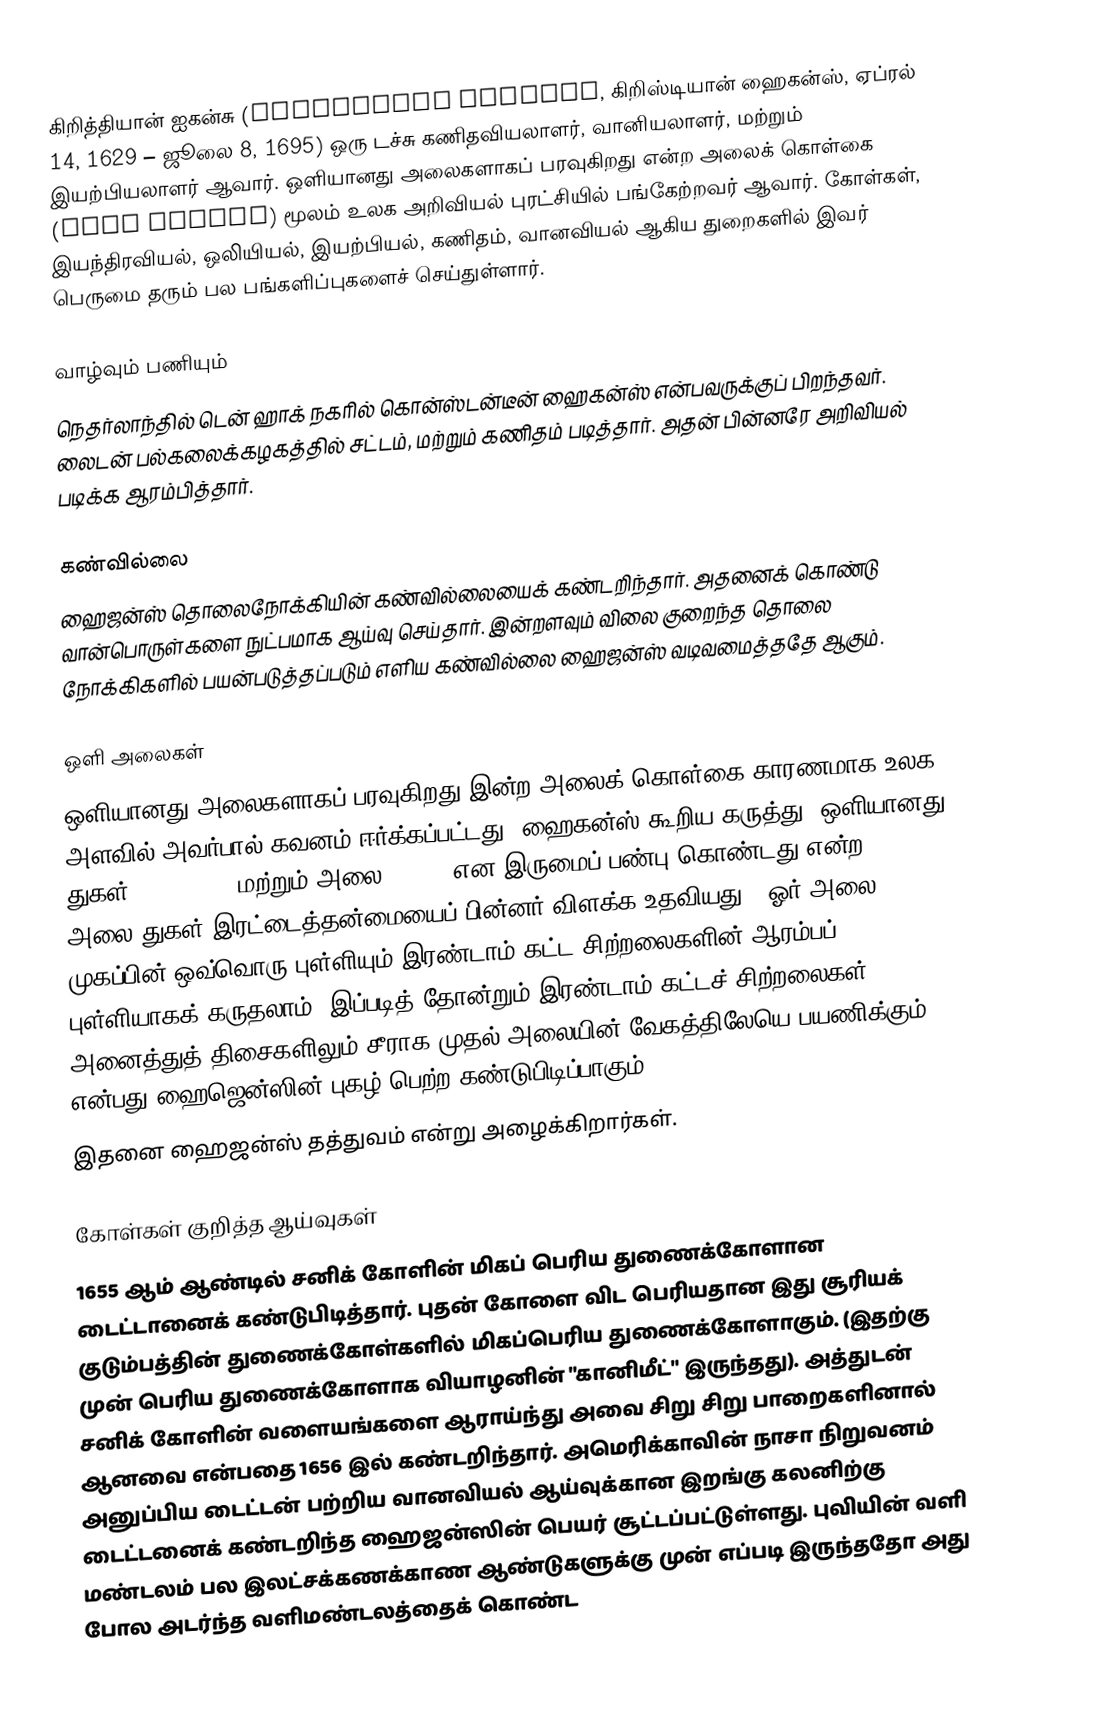
கிறித்தியான் ஐகன்சு (Christiaan Huygens, கிறிஸ்டியான் ஹைகன்ஸ், ஏப்ரல் 14, 1629 – ஜூலை 8, 1695) ஒரு டச்சு கணிதவியலாளர், வானியலாளர், மற்றும் இயற்பியலாளர் ஆவார். ஒளியானது அலைகளாகப் பரவுகிறது என்ற அலைக் கொள்கை  (Wave Theory) மூலம் உலக அறிவியல் புரட்சியில் பங்கேற்றவர் ஆவார். கோள்கள், இயந்திரவியல், ஒலியியல், இயற்பியல், கணிதம், வானவியல் ஆகிய துறைகளில் இவர் பெருமை தரும் பல பங்களிப்புகளைச் செய்துள்ளார்.

வாழ்வும் பணியும்
நெதர்லாந்தில் டென் ஹாக் நகரில் கொன்ஸ்டன்டீன் ஹைகன்ஸ் என்பவருக்குப் பிறந்தவர். லைடன் பல்கலைக்கழகத்தில் சட்டம், மற்றும் கணிதம் படித்தார். அதன் பின்னரே அறிவியல் படிக்க ஆரம்பித்தார்.

கண்வில்லை
ஹைஜன்ஸ் தொலைநோக்கியின் கண்வில்லையைக் கண்டறிந்தார். அதனைக் கொண்டு வான்பொருள்களை  நுட்பமாக ஆய்வு செய்தார். இன்றளவும் விலை குறைந்த தொலை நோக்கிகளில் பயன்படுத்தப்படும் எளிய கண்வில்லை ஹைஜன்ஸ்  வடிவமைத்ததே ஆகும்.

ஒளி அலைகள்
ஒளியானது  அலைகளாகப் பரவுகிறது இன்ற அலைக் கொள்கை காரணமாக  உலக அளவில் அவர்பால் கவனம் ஈர்க்கப்பட்டது. ஹைகன்ஸ் கூறிய கருத்து, ஒளியானது துகள் (particle) மற்றும் அலை (wave) என இருமைப் பண்பு கொண்டது என்ற அலை-துகள் இரட்டைத்தன்மையைப் பின்னர் விளக்க உதவியது. "ஓர் அலை முகப்பின் ஒவ்வொரு புள்ளியும் இரண்டாம் கட்ட சிற்றலைகளின்  ஆரம்பப் புள்ளியாகக் கருதலாம். இப்படித் தோன்றும் இரண்டாம் கட்டச் சிற்றலைகள் அனைத்துத் திசைகளிலும் சீராக முதல் அலையின் வேகத்திலேயெ பயணிக்கும்" என்பது ஹைஜென்ஸின் புகழ் பெற்ற கண்டுபிடிப்பாகும்.
இதனை ஹைஜன்ஸ் தத்துவம் என்று அழைக்கிறார்கள்.

கோள்கள் குறித்த ஆய்வுகள்
1655 ஆம் ஆண்டில் சனிக் கோளின் மிகப் பெரிய துணைக்கோளான டைட்டானைக் கண்டுபிடித்தார். புதன் கோளை விட பெரியதான இது சூரியக் குடும்பத்தின் துணைக்கோள்களில் மிகப்பெரிய துணைக்கோளாகும். (இதற்கு முன் பெரிய துணைக்கோளாக வியாழனின் "கானிமீட்" இருந்தது). அத்துடன் சனிக் கோளின் வளையங்களை ஆராய்ந்து அவை சிறு சிறு பாறைகளினால் ஆனவை என்பதை 1656 இல் கண்டறிந்தார். அமெரிக்காவின் நாசா நிறுவனம் அனுப்பிய டைட்டன் பற்றிய  வானவியல் ஆய்வுக்கான இறங்கு கலனிற்கு டைட்டனைக் கண்டறிந்த ஹைஜன்ஸின் பெயர் சூட்டப்பட்டுள்ளது. புவியின் வளி மண்டலம் பல இலட்சக்கணக்காண ஆண்டுகளுக்கு முன் எப்படி இருந்ததோ அது போல அடர்ந்த வளிமண்டலத்தைக் கொண்ட